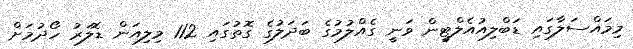
މިމައްސަލާގައި ޑަބްލިއުއެލްޓީން ވަނީ ގެއްލުމުގެ ބަދަލުގެ ގޮތުގައި 112 މިލިއަން ޑޮލަރު ހޯދުމަށް